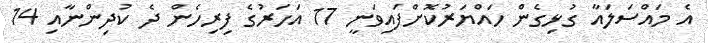
އެ މައްސަލައާ ގުޅިގެން ހައްޔަރުކޮށްފައިވަނީ 17 އަހަރުގެ ފިރިހެން ދެ ކުދިންނާއި 14